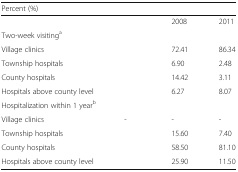
<table><thead><tr><td colspan="4"><b>Percent (%)</b></td></tr></thead><tbody><tr><td>[EMPTY_CELL]</td><td>[EMPTY_CELL]</td><td>2008</td><td>2011</td></tr><tr><td>Two-week visiting<sup>a</sup></td><td colspan="3">[EMPTY_CELL]</td></tr><tr><td>Village clinics</td><td>[EMPTY_CELL]</td><td>72.41</td><td>86.34</td></tr><tr><td>Township hospitals</td><td>[EMPTY_CELL]</td><td>6.90</td><td>2.48</td></tr><tr><td>County hospitals</td><td>[EMPTY_CELL]</td><td>14.42</td><td>3.11</td></tr><tr><td>Hospitals above county level</td><td>[EMPTY_CELL]</td><td>6.27</td><td>8.07</td></tr><tr><td colspan="4">Hospitalization within 1 year<sup>b</sup></td></tr><tr><td>Village clinics</td><td>-</td><td>-</td><td>-</td></tr><tr><td>Township hospitals</td><td>[EMPTY_CELL]</td><td>15.60</td><td>7.40</td></tr><tr><td>County hospitals</td><td>[EMPTY_CELL]</td><td>58.50</td><td>81.10</td></tr><tr><td>Hospitals above county level</td><td>[EMPTY_CELL]</td><td>25.90</td><td>11.50</td></tr></tbody></table>